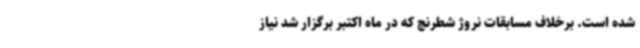
شده است. برخلاف مسابقات نروژ شطرنج که در ماه اکتبر برگزار شد نیاز